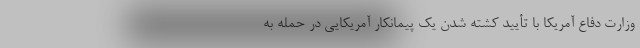
وزارت دفاع آمریکا با تأیید کشته شدن یک پیمانکار آمریکایی در حمله به